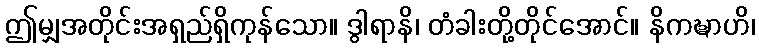
ဤမျှအတိုင်းအရှည်ရှိကုန်သော။ ဒွါရာနိ၊ တံခါးတို့တိုင်အောင်။ နိကဍ္ဎာဟိ၊